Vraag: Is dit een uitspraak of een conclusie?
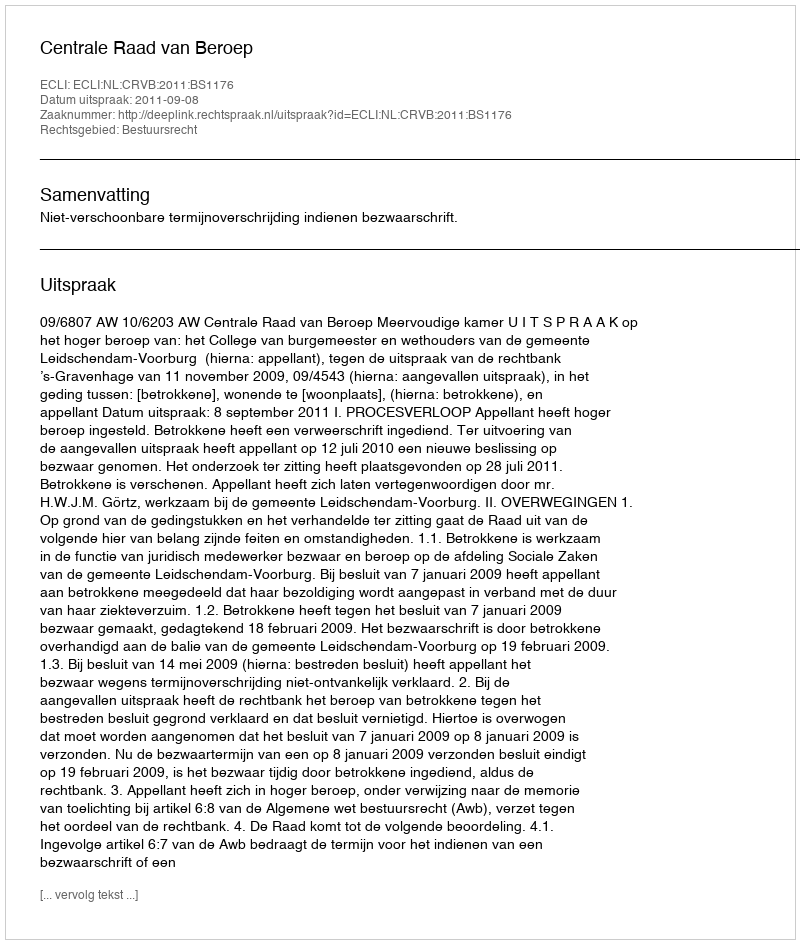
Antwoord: Uitspraak